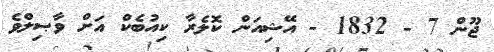
ޖޫން 7 - 1832 - އޭޝިއަން ކޮލެރާ ކިއުބެކް އަށް ވާޞިލްވެ